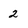
Character: 2